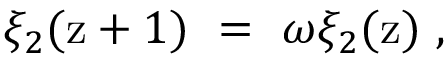
\xi _ { 2 } ( \mathrm { z } + 1 ) \ = \ \omega \xi _ { 2 } ( \mathrm { z } ) \ ,